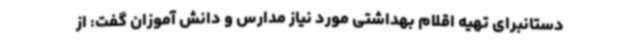
دستانبرای تهیه اقلام بهداشتی مورد نیاز مدارس و دانش آموزان گفت: از